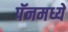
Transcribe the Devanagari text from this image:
पॅनमध्ये